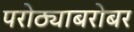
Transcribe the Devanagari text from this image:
परोठ्याबरोबर